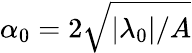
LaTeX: \alpha_{0}=2\sqrt{|\lambda_{0}|/A}